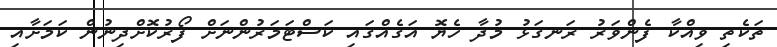
ތަކެތި ވިއްކާ ފެންވަރު ރަނގަޅު މުދާ ހެޔޮ އަގެއްގައި ކަސްޓަމަރުންނަށް ފޯރުކޮށްދިނުން ކަމަށާއި